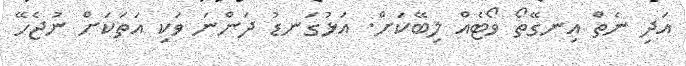
އަދި ނެތް އިނގޭތޯ ވޯޓެއް ލިބޭކަށް. އަޅުގަނޑު ދަންނަ ވަކި އަތަކަށް ނުޖެހޭ